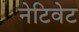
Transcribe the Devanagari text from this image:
नेटिवेट